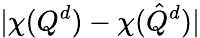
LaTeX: |\chi({Q}^{d})-\chi(\hat{{Q}}^{d})|